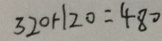
3 2 0 + 1 2 0 = 4 8 0